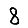
Digit: 8